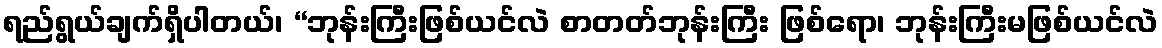
ရည်ရွယ်ချက်ရှိပါတယ်၊ “ဘုန်းကြီးဖြစ်ယင်လဲ စာတတ်ဘုန်းကြီး ဖြစ်ရော၊ ဘုန်းကြီးမဖြစ်ယင်လဲ